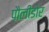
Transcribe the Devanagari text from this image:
पौलीडोर